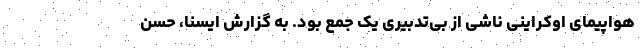
هواپیمای اوکراینی ناشی از بی‌تدبیری یک جمع بود. به گزارش ایسنا، حسن